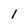
Character: 1